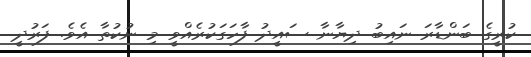
ކުރީގެ ބަންޑާރަ ނައިބު ދިޔާނާ ސައީދު ފާހަގަކުރެއްވީ މި ނުކުތާ އެވެ. ފަރުދީ